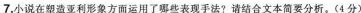
7.小说在塑造亚利形象方面运用了哪些表现手法?请结合文本简要分析。